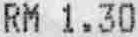
RM 1.30